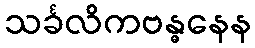
သင်္ခလိကဗန္ဓနေန